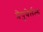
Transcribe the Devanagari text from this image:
प्रेपुबेर्तल